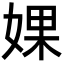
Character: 婐